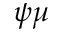
\boldsymbol { \psi } \mu